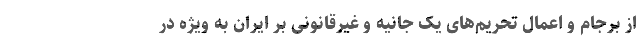
از برجام و اعمال تحریم‌های یک جانیه و غیرقانونی بر ایران به ویژه در